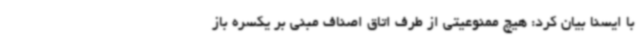
با ایسنا بیان کرد: هیچ ممنوعیتی از طرف اتاق اصناف مبنی بر یکسره باز